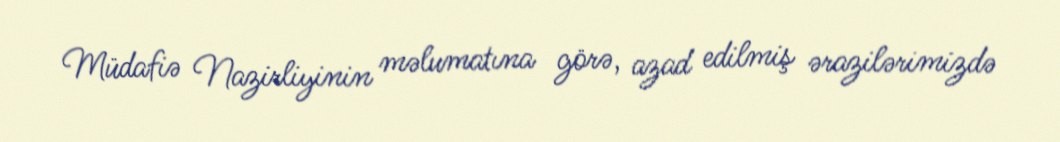
Müdafiə Nazirliyinin məlumatına görə, azad edilmiş ərazilərimizdə